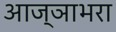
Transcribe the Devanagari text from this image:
आज्ञाभरा